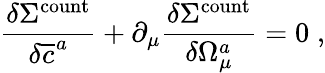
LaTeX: \frac{\delta\Sigma^{\mathrm{count}}}{\delta\overline{{{c}}}^{a}}+\partial_{\mu}\frac{\delta\Sigma^{\mathrm{count}}}{\delta\Omega_{\mu}^{a}}=0\; ,